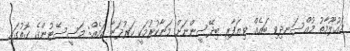
މައުލޫމާތު މުއްސަނދިވި ބައެއް ވިޔަފާރި ބިދޭސީންނަށް މަނާކުރުމަކީ ހަރުދަނާ ކަމެއް: މަސީސޭޓުންގެ ގޮތުގައި